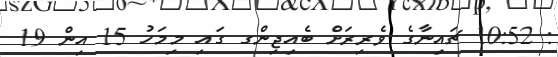
: 10:52 ޗައިނާގެ ވެރިރަށް ބެއިޖިންގ ގައި މިމަހު 15 އިން 19